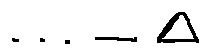
\cdots - \Delta